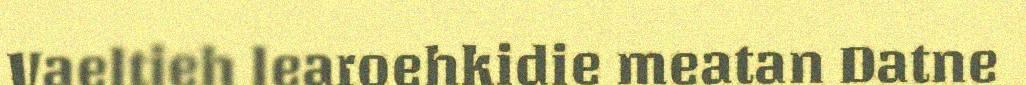
Vaeltieh learoehkidie meatan Datne